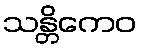
သန္တိကေဝ